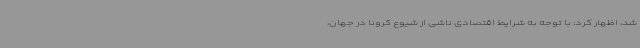
شد، اظهار کرد: با توجه به شرایط اقتصادی ناشی از شیوع کرونا در جهان،